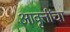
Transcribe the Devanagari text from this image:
आवृत्तींचा